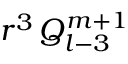
r ^ { 3 } \, Q _ { l - 3 } ^ { m + 1 }